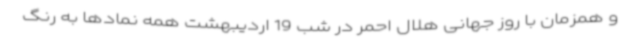
و همزمان با روز جهانی هلال احمر در شب 19 اردیبهشت همه نمادها به رنگ